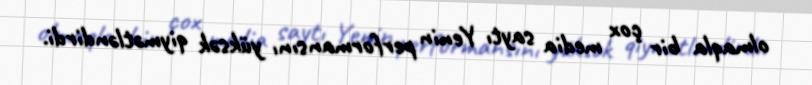
olmaqla bir çox media saytı Yenin performansını yüksək qiymətləndirdi.